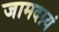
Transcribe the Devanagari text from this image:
जामदग्न्यं